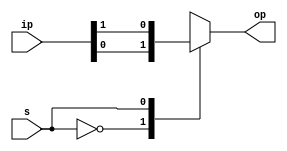
module mux_case(s,ip,op);
  input [3:0]ip;
  input s;
  output reg op;
  always @(*)
  begin
    case(s)
      2'b00 : op=ip[0];
      2'b01 : op=ip[1];
      2'b10 : op=ip[2];
      2'b11 : op=ip[3];
    endcase
  end
endmodule